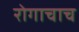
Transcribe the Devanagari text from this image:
रोगाचाच